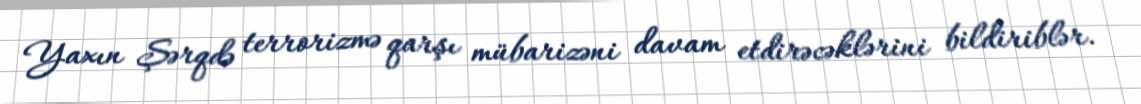
Yaxın Şərqdə terrorizmə qarşı mübarizəni davam etdirəcəklərini bildiriblər.